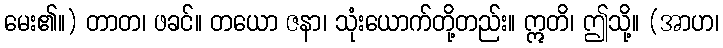
မေး၏။) တာတ၊ ဖခင်။ တယော ဇနာ၊ သုံးယောက်တို့တည်း။ ဣတိ၊ ဤသို့။ (အာဟ၊